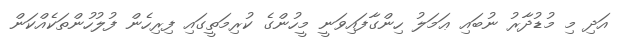
އަދި މި މުޑުދާރު ނުބައި ޢަމަލު ހިންގާފައިވަނީ މީހުންގެ ކުރިމަތީގައި ފިރިހެން ފުލުހުންތަކެއްކަން